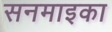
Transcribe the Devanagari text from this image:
सनमाइका